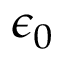
\epsilon _ { 0 }